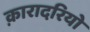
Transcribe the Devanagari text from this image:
क़ारादरियो